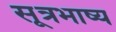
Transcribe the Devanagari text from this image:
सूत्रभाष्य